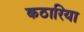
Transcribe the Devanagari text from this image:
कठारिया